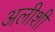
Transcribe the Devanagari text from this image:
अलीशी